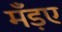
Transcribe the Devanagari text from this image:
मँड़ए